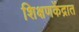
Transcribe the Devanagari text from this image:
शिक्षणकेंद्रात